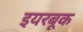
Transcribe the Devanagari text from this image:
इयरबूक